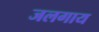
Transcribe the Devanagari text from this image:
जलगाय